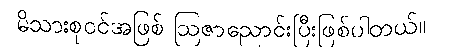
မိသားစုဝင်အဖြစ် ဩဇာညောင်းပြီးဖြစ်ပါတယ်။